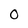
Character: 0